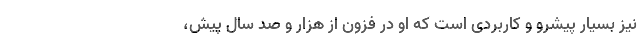
نیز بسیار پیشرو و کاربردی است که او در فزون از هزار و صد سال پیش،